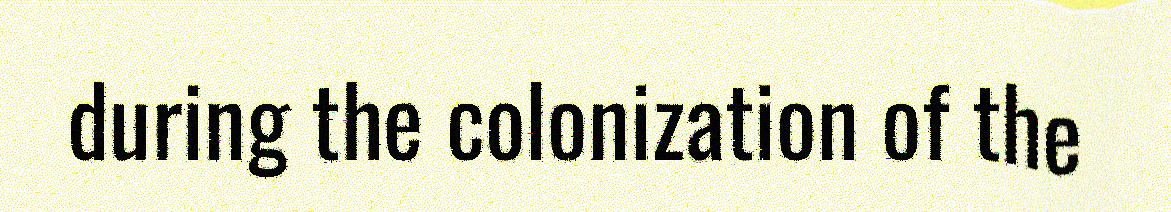
during the colonization of the